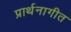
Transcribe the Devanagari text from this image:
प्रार्थनागीत